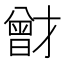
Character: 𭨟